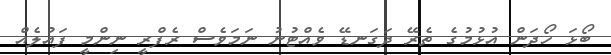
ބޯޅަ ހޯދަން އުޅުމުގެ ތެރޭ ދަގަނޑޭ ވެއްޓުނު ނަމަވެސް ރެފްރީ ނިންމީ ފައުލެއް